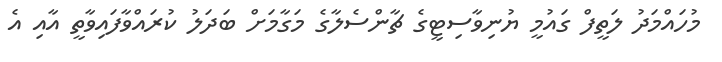
މުހައްމަދު ލަތީފް ގައުމީ ޔުނިވާސިޓީގެ ޗާންސެލާގެ މަގާމަށް ބަދަލު ކުރައްވާފައިވާތީ އާއި އެ